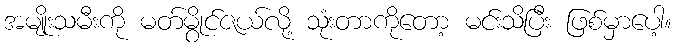
အမျိုးသမီးကို မတ်မွိုင်ဇယ်လို့ သုံးတာကိုတော့ မင်းသိပြီး ဖြစ်မှာပေါ့။